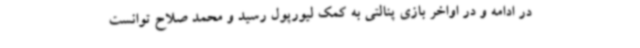
در ادامه و در اواخر بازی پنالتی به کمک لیورپول رسید و محمد صلاح توانست